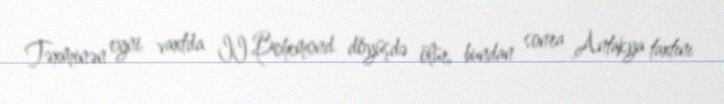
Təxminən eyni vaxtda II Bohemond döyüşdə ölür, bundan sonra Antakya taxtını